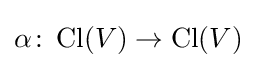
\alpha \colon \operatorname {Cl} (V)\to \operatorname {Cl} (V)